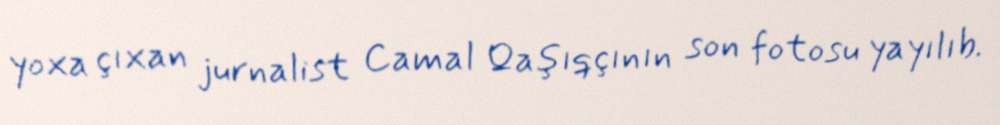
yoxa çıxan jurnalist Camal Qaşıqçının son fotosu yayılıb.